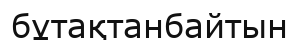
бұтақтанбайтын